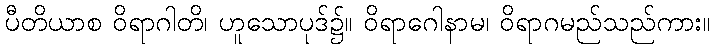
ပီတိယာစ ဝိရာဂါတိ၊ ဟူသောပုဒ်၌။ ဝိရာဂေါနာမ၊ ဝိရာဂမည်သည်ကား။